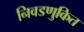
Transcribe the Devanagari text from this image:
निवडणुकित